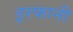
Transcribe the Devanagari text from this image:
इरफानी